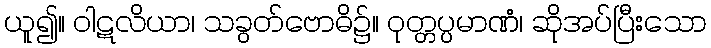
ယူ၍။ ဝါဋလိယာ၊ သခွတ်ဗောဓိ၌။ ဝုတ္တပ္ပမာဏံ၊ ဆိုအပ်ပြီးသော